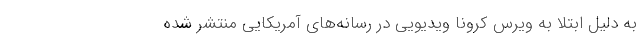
به دلیل ابتلا به ویرس کرونا ویدیویی در رسانه‌های آمریکایی منتشر شده